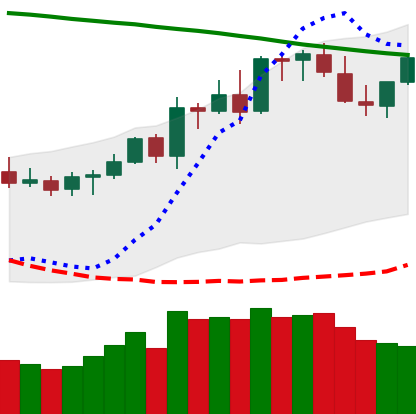
Ticker: LTC-USD
Chart end date: 2021-08-20
Forward return: -3.281%
Label: down_3_5